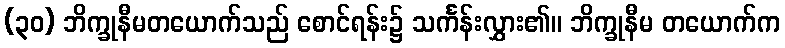
(၃၀) ဘိက္ခုနီမတယောက်သည် စောင်ရန်း၌ သင်္ကန်းလွှား၏။ ဘိက္ခုနီမ တယောက်က